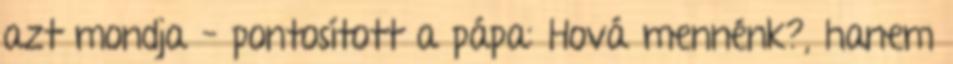
azt mondja – pontosított a pápa: Hová mennénk?, hanem